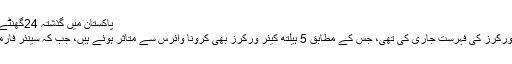
پاکستان میں گذشتہ 24گھنٹے میں 26 ڈاکٹرز اور 5 نرسیں کورونا وائرس کا شکار
قبل ازیں ینگ ڈاکٹرز نے متاثرہ ڈاکٹرز اور ہیلتھ کیئر ورکرز کی فہرست جاری کی تھی، جس کے مطابق 5 ہیلتھ کیئر ورکرز بھی کرونا وائرس سے متاثر ہوئے ہیں، جب کہ سینئر فارماسسٹس سِول اسپتال کرونا وائرس سے جاں بحق ہوئے۔